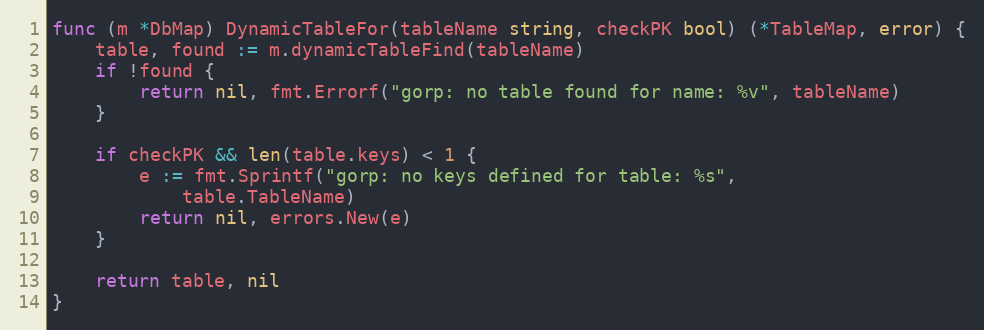
Language: Go
func (m *DbMap) DynamicTableFor(tableName string, checkPK bool) (*TableMap, error) {
	table, found := m.dynamicTableFind(tableName)
	if !found {
		return nil, fmt.Errorf("gorp: no table found for name: %v", tableName)
	}

	if checkPK && len(table.keys) < 1 {
		e := fmt.Sprintf("gorp: no keys defined for table: %s",
			table.TableName)
		return nil, errors.New(e)
	}

	return table, nil
}